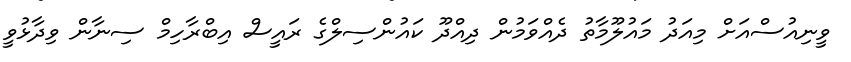
ވީނިއުސްއަށް މިއަދު މައުލޫމާތު ދެއްވަމުން ދިއްދޫ ކައުންސިލްގެ ރައީސް އިބްރާހިމް ސިނާން ވިދާޅުވީ